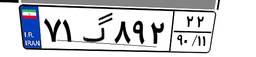
۶۳گ۴۵۵۰۴